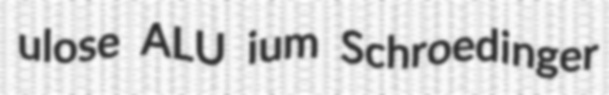
ulose ALU ium Schroedinger